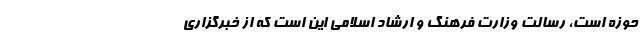
حوزه است، رسالت وزارت فرهنگ و ارشاد اسلامی این است که از خبرگزاری